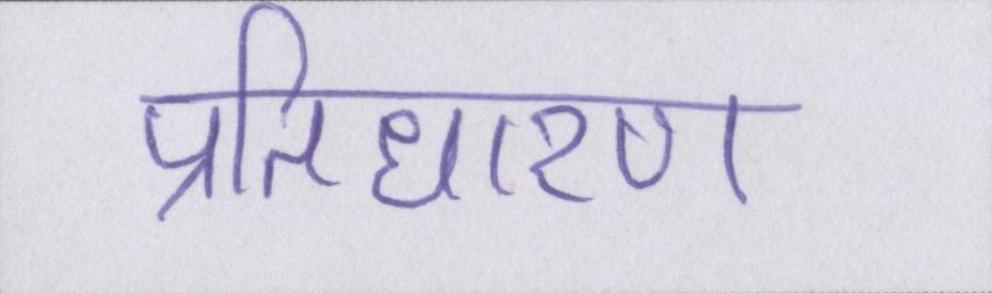
प्रतिधारण